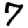
Digit: 7